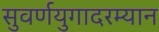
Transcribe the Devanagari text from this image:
सुवर्णयुगादरम्यान